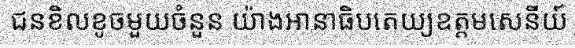
ជនខិលខូចមួយចំនួន យ៉ាងអានាធិបតេយ្យឧត្តមសេនីយ៍